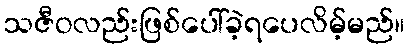
သဇီဝလည်းဖြစ်ပေါ်ခဲ့ရပေလိမ့်မည်။